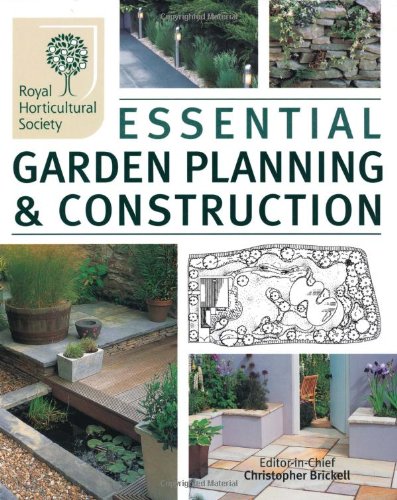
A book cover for Essential Garden Planning & Construction; Royal Horticultural Society; Crafts, Hobbies & Home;